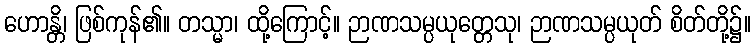
ဟောန္တိ၊ ဖြစ်ကုန်၏။ တသ္မာ၊ ထို့ကြောင့်။ ဉာဏသမ္ပယုတ္တေသု၊ ဉာဏသမ္ပယုတ် စိတ်တို့၌။